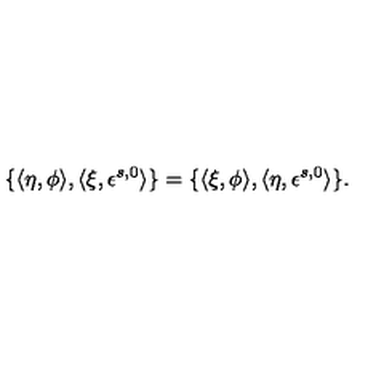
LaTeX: \{ \langle \eta , \phi \rangle , \langle \xi , \epsilon ^ { s , 0 } \rangle \} = \{ \langle \xi , \phi \rangle , \langle \eta , \epsilon ^ { s , 0 } \rangle \} .